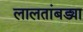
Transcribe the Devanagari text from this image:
लालतांबड्या